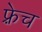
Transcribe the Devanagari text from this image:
फ़्रेच